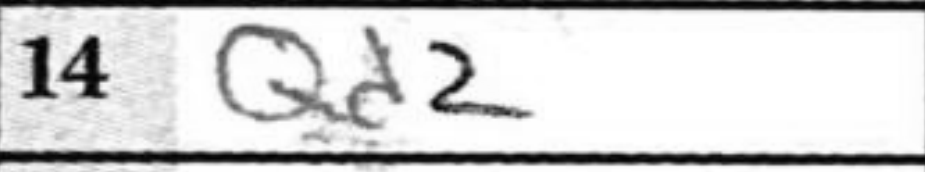
Transcription: Qd2